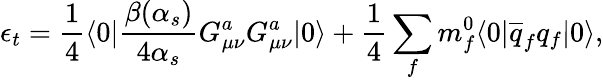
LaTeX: \epsilon_{t}={\frac{1}{4}}\langle{0}|{\frac{\beta(\alpha_{s})}{4\alpha_{s}}}G_{\mu\nu}^{a}G_{\mu\nu}^{a}|{0}\rangle+{\frac{1}{4}}\sum_{f}m_{f}^{0}\langle{0}|\overline{{q}}_{f}q_{f}|{0}\rangle,